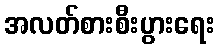
အလတ်စားစီးပွားရေး